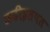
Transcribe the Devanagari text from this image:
कढीइतपत